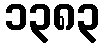
၁၃၈၃